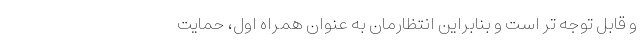
و قابل توجه تر است و بنابراین انتظارمان به عنوان همراه اول، حمایت